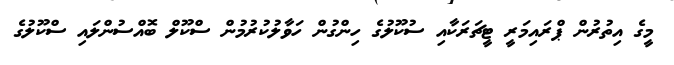
މީގެ އިތުރުން ޕްރައިމަރީ ޓީޗަރަކާއި ސުކޫލުގެ ހިންގުން ހަވާލުކުރުމުން ސްކޫލް ބޮއްސުންލައި ސްކޫލުގެ